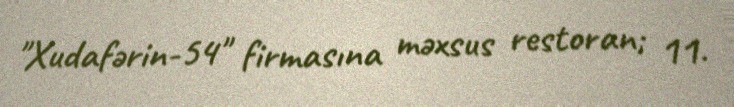
"Xudafərin-54" firmasına məxsus restoran; 11.